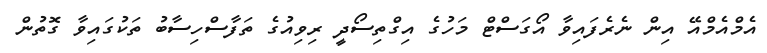
އެމްއެމްއޭ އިން ނެރެފައިވާ އޯގަސްޓް މަހުގެ އިގްތިސޯދީ ރިވިއުގެ ތަފާސްހިސާބު ތަކުގައިވާ ގޮތުން